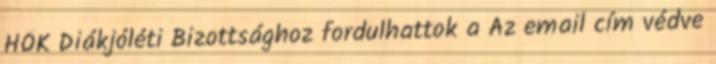
HÖK Diákjóléti Bizottsághoz fordulhattok a Az email cím védve